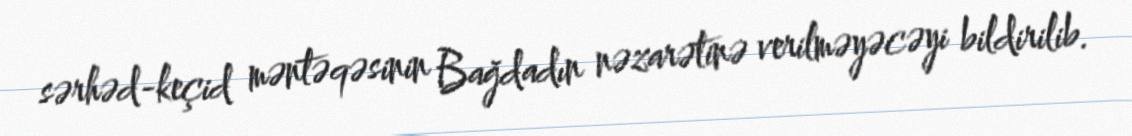
sərhəd-keçid məntəqəsinin Bağdadın nəzarətinə verilməyəcəyi bildirilib.